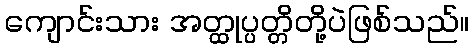
ကျောင်းသား အတ္ထုပ္ပတ္တိတို့ပဲဖြစ်သည်။